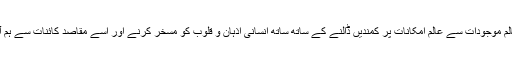
یہاں یہ بات قابل غور بھی ہے اور دعوت فکر بھی دیتی ہے کہ جو شعر و ادب عالم موجودات سے عالم امکانات پر کمندیں ڈالنے کے ساتھ ساتھ انسانی اذہان و قلوب کو مسخر کرنے اور اسے مقاصد کائنات سے ہم آہنگ کرنے میں کلیدی رول ادا کرتا ہو اس کا مقصد محض حظ نفس نہیں ہو سکتا۔